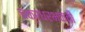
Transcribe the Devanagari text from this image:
चक्रधरभक्ती